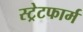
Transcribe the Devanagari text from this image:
स्ट्रेटफार्म